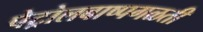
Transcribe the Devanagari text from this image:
पेट्रोलबाष्पगळती